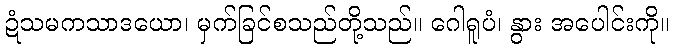
ဍံသမကသာဒယော၊ မှက်ခြင်စသည်တို့သည်။ ဂေါရူပံ၊ နွား အပေါင်းကို။